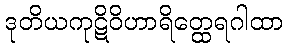
ဒုတိယကုဋိဝိဟာရိတ္ထေရဂါထာ